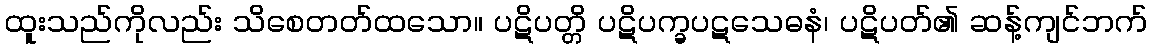
ထူးသည်ကိုလည်း သိစေတတ်ထသော။ ပဋိပတ္တိ ပဋိပက္ခပဋသေဓနံ၊ ပဋိပတ်၏ ဆန့်ကျင်ဘက်